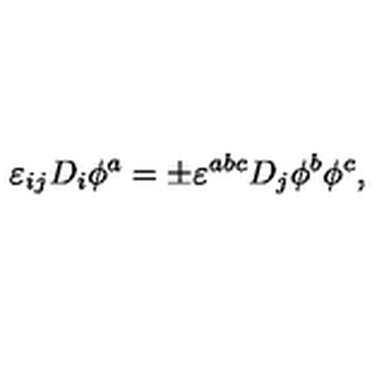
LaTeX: \varepsilon _ { i j } D _ { i } \phi ^ { a } = \pm \varepsilon ^ { a b c } D _ { j } \phi ^ { b } \phi ^ { c } ,